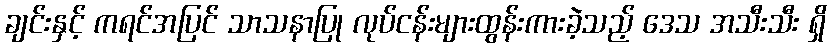
ချင်းနှင့် ကရင်အပြင် သာသနာပြု လုပ်ငန်းများထွန်းကားခဲ့သည့် ဒေသ အသီးသီး ရှိ